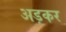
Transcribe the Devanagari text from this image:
अड़कर